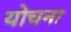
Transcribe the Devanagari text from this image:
योचना